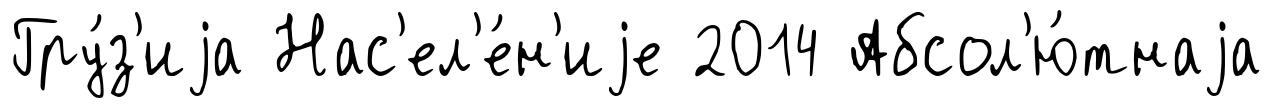
Гру́з'иjа Нас'ел'е́н'иjе 2014 Абсол'ю́тнаjа